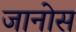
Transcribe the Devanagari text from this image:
जानोस